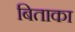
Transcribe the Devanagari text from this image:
बिताका